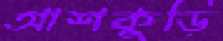
আশকুড়ি